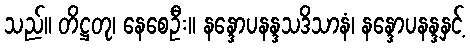
သည်။ တိဋ္ဌတု၊ နေစေဦး။ နန္ဒောပနန္ဒသဒိသာနံ၊ နန္ဒောပနန္ဒနှင့်